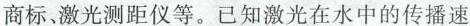
商标。激光测距仪等。已知激光在水中的传播速